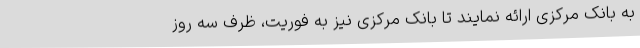
به بانک مرکزی ارائه نمایند تا بانک مرکزی نیز به فوریت، ظرف سه روز